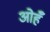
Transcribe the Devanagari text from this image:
ओहँ